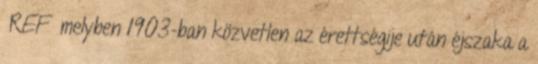
REF melyben 1903-ban közvetlen az érettségije után éjszaka a